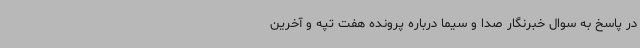
در پاسخ به سوال خبرنگار صدا و سیما درباره پرونده هفت تپه و آخرین